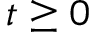
t \geq 0